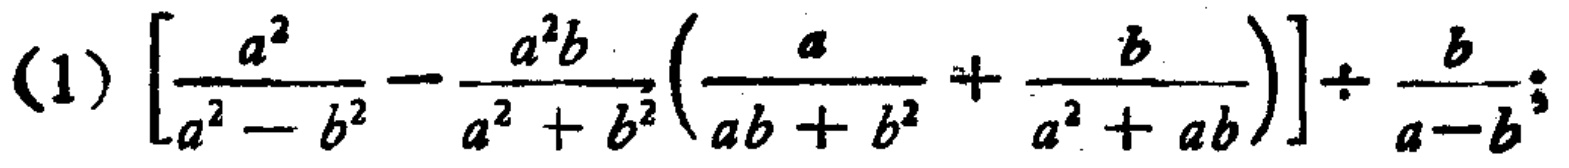
\((1)\left[\frac{a^{2}}{a^{2}-b^{2}}-\frac{a^{2}b}{a^{2}+b^{2}}\left(\frac{a}{ab + b^{2}}+\frac{b}{a^{2}+ab}\right)\right]\div\frac{b}{a - b};\)